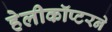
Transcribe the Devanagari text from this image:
हेलीकॉप्टरने